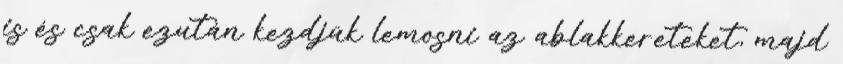
is és csak ezután kezdjük lemosni az ablakkereteket, majd